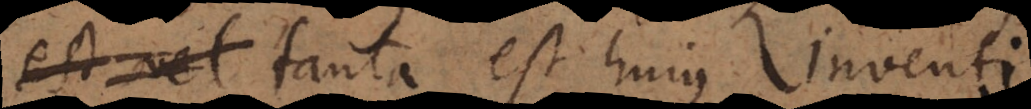
Itaque tanta est hujus inventi